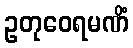
ဥတုဝေရမဏိံ